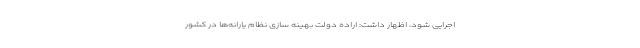
اجرایی شود، اظهار داشت: اراده دولت بهینه سازی نظام یارانه‌ها در کشور